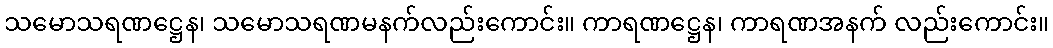
သမောသရဏဋ္ဌေန၊ သမောသရဏမနက်လည်းကောင်း။ ကာရဏဋ္ဌေန၊ ကာရဏအနက် လည်းကောင်း။